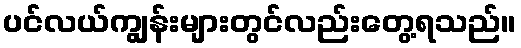
ပင်လယ်ကျွန်းများတွင်လည်းတွေ့ရသည်။